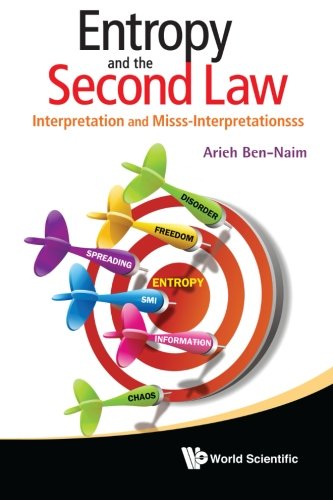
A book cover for Entropy and the Second Law: Interpretation and Misss-Interpretations; Arieh Ben-Naim; Science & Math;